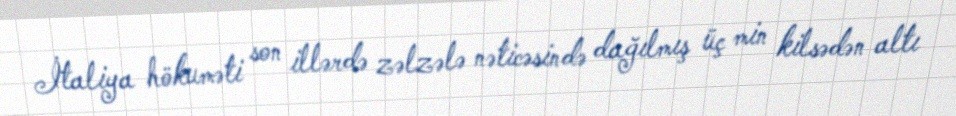
İtaliya hökuməti son illərdə zəlzələ nəticəsində dağılmış üç min kilsədən altı